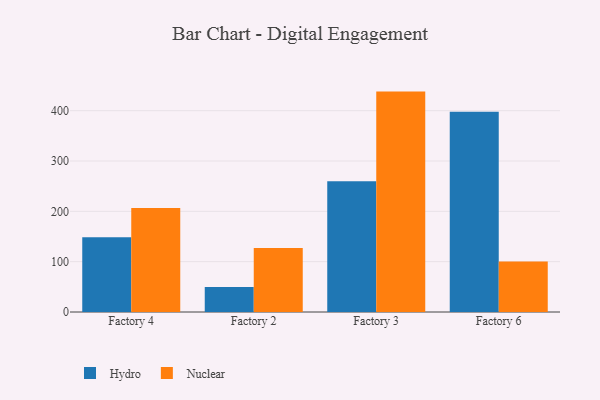
{"axis": {"x": "Factory", "y": "Headcount"}, "legend": ["Hydro", "Nuclear"], "data": [{"x": "Factory 4", "y": 148.3, "type": "Hydro"}, {"x": "Factory 4", "y": 206.6, "type": "Nuclear"}, {"x": "Factory 2", "y": 49.9, "type": "Hydro"}, {"x": "Factory 2", "y": 127.3, "type": "Nuclear"}, {"x": "Factory 3", "y": 259.6, "type": "Hydro"}, {"x": "Factory 3", "y": 437.9, "type": "Nuclear"}, {"x": "Factory 6", "y": 398.1, "type": "Hydro"}, {"x": "Factory 6", "y": 100.2, "type": "Nuclear"}]}